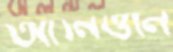
আনিওনি